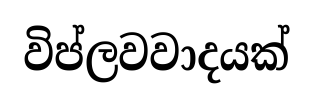
විප්ලවවාදයක්